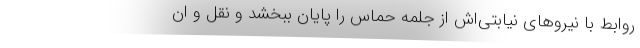
روابط با نیروهای نیابتی‌اش از جلمه حماس را پایان ببخشد و نقل و ان